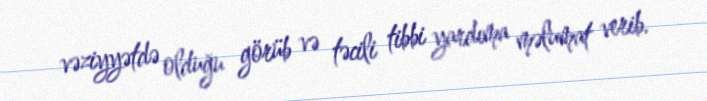
vəziyyətdə olduğu görüb və təcili tibbi yardıma məlumat verib.